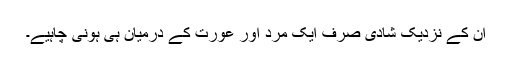
ان کے نزدیک شادی صرف ایک مرد اور عورت کے درمیان ہی ہونی چاہیے۔